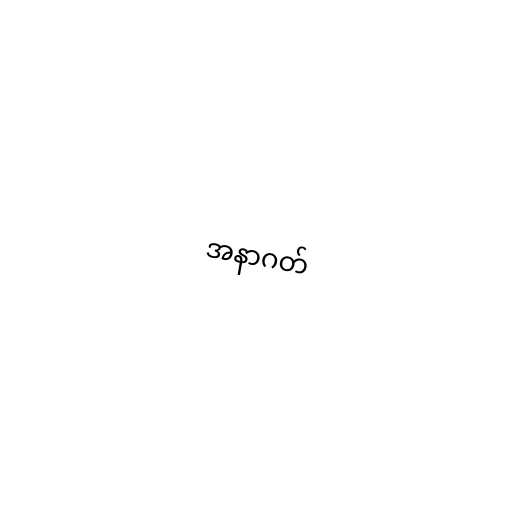
အနာဂတ်